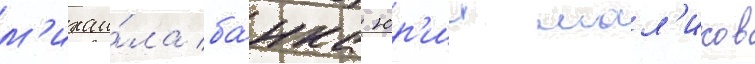
м'ихаи́ла ба́нка юр'ии мал'иков